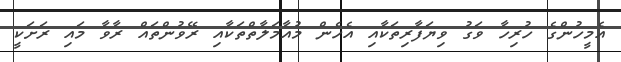
އެމީހުންގެ ހުރިހާ ވަގު ވިޔަފާރިތަކާއި އެހެން މުއާމަލާތްތަކާއި ރޭވުންތައް ރާވާ މައި ރަށަކީ